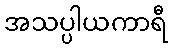
အသပ္ပါယကာရီ